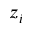
z _ { i }